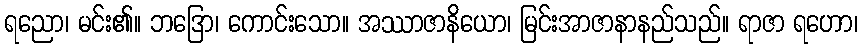
ရညော၊ မင်း၏။ ဘဒြော၊ ကောင်းသော။ အဿာဇာနိယော၊ မြင်းအာဇာနာနည်သည်။ ရာဇာ ရဟော၊